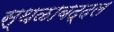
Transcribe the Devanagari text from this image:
स्थळाबद्दल